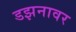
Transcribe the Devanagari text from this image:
डझनावर